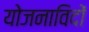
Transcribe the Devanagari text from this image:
योजनाविदों